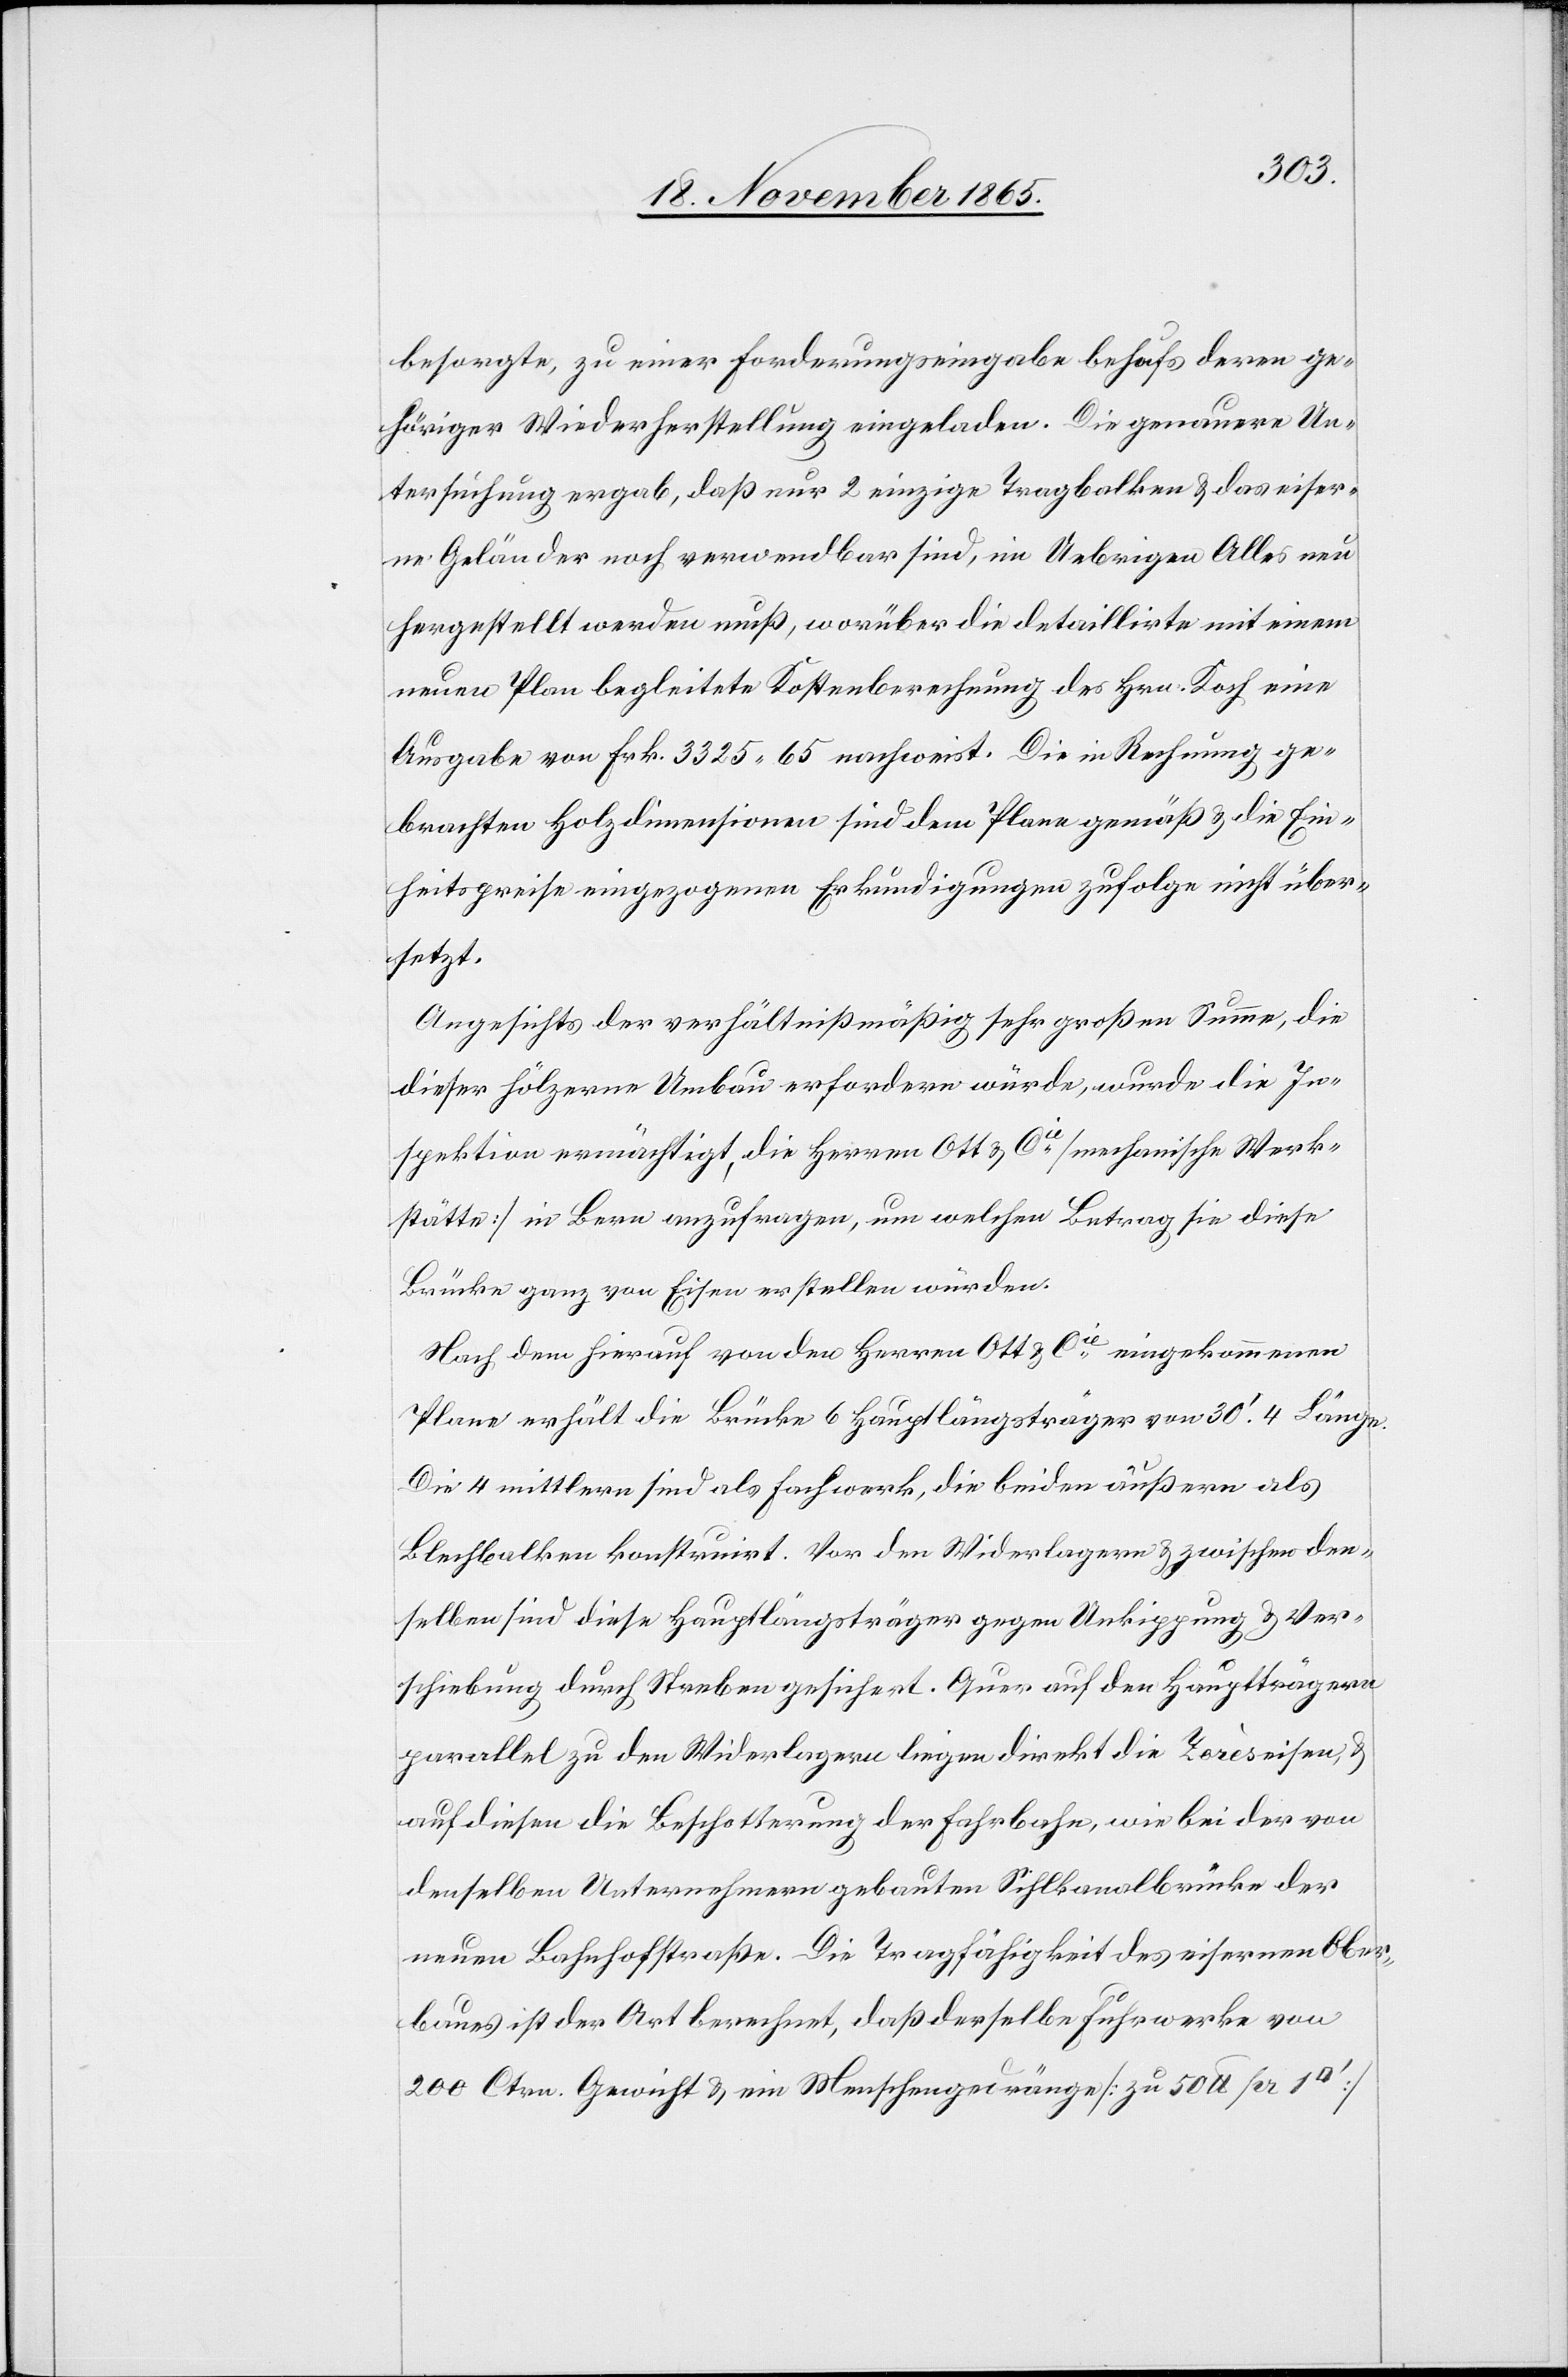
besorgte, zu einer Forderungseingabe behufs deren ge¬
höriger Wiederherstellung eingeladen. Die genauere Un¬
tersuchung ergab, daß nur 2 einzige Tragbalken & das eiser¬
ne Geländer noch verwendbar sind, im Uebrigen Alles neu
hergestellt werden muß, worüber die detaillirte mit einem
neuen Plan begleitete Kostenberechnung des Hrn. Koch eine
Ausgabe von Frk. 3325.65 nachweist. Die in Rechnung ge¬
brachten Holzdimensionen sind dem Plan gemäß & die Ein¬
heitspreise eingezogenen Erkundigungen zufolge nicht über¬
setzt.
Angesichts der verhältnißmäßig sehr großen Summe, die
dieser hölzerne Umbau erfordern würde, wurde die In¬
spektion ermächtigt, die Herren Ott & Cie [mechanische Werk¬
stätte] in Bern anzufragen, um welchen Betrag sie diese
Brücke ganz von Eisen erstellen würden.
Nach dem hierauf von den Herren Ott & Cie eingekommenen
Plane erhält die Brücke 6 Hauptlängsträger von 30’.4 Länge.
Die 4 mittlern sind als Fachwerk, die beiden äußern als
Blechbalken konstruirt. Vor den Widerlagern & zwischen den¬
selben sind diese Hauptlängsträger gegen Umkippung & Ver¬
schiebung durch Streben gesichert. Quer auf den Hauptträgern
parallel zu den Widerlagern liegen direkt die Zorèseisen, &
auf diesen die Beschotterung der Fahrbahn, wie bei der von
denselben Unternehmern gebauten Sihlkanalbrücke der
neuen Bahnhofstraße. Die Tragfähigkeit des eisernen Ober¬
baus ist der Art berechnet, daß derselbe Fuhrwerke von
200 Ctrn. Gewicht & ein Menschengedränge [zu 50 lb. per 1